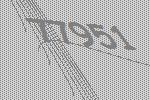
77951